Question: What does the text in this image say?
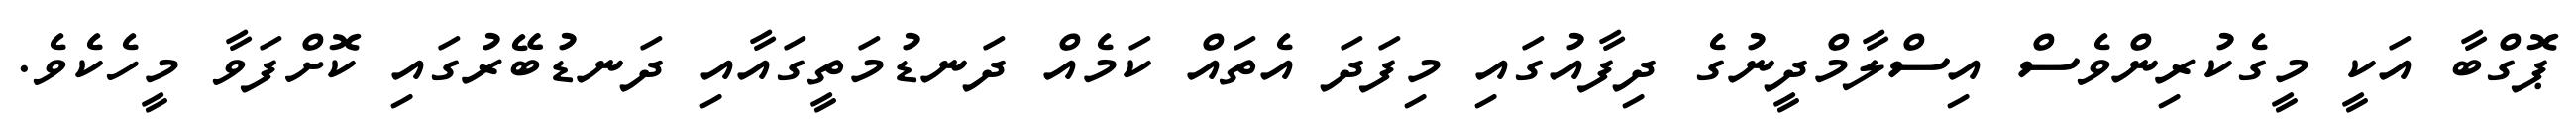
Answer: ޕޮގްބާ އަކީ މީގެކުރިންވެސް އިސްލާމްދީނުގެ ދިފާއުގައި މިފަދަ އެތައް ކަމެއް ދަނޑުމަތީގައާއި ދަނޑުބޭރުގައި ކޮށްފަވާ މީހެކެވެ.